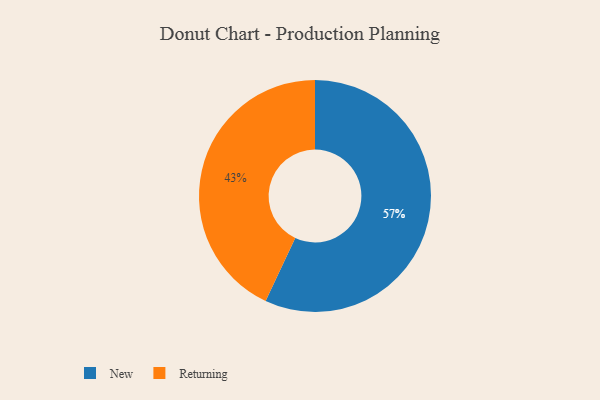
{"axis": {"x": "Category", "y": "Percentage"}, "legend": ["New", "Returning"], "data": [{"x": "Returning", "y": 43, "type": "Returning"}, {"x": "New", "y": 57, "type": "New"}]}